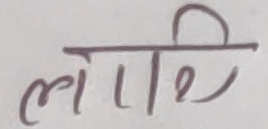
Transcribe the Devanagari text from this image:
लोगि